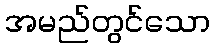
အမည်တွင်သော